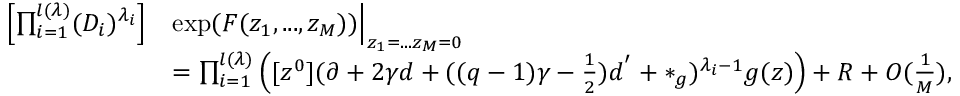
\begin{array} { r l } { \left[ \prod _ { i = 1 } ^ { l ( \lambda ) } ( D _ { i } ) ^ { \lambda _ { i } } \right] } & { \exp ( F ( z _ { 1 } , . . . , z _ { M } ) ) \Bigr | _ { z _ { 1 } = . . . z _ { M } = 0 } } \\ & { = \prod _ { i = 1 } ^ { l ( \lambda ) } \left( [ z ^ { 0 } ] ( \partial + 2 \gamma d + ( ( q - 1 ) \gamma - \frac { 1 } { 2 } ) d ^ { ' } + * _ { g } ) ^ { \lambda _ { i } - 1 } g ( z ) \right) + R + O ( \frac { 1 } { M } ) , } \end{array}